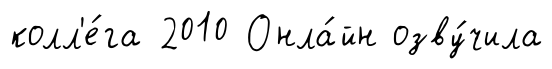
колл'е́га 2010 Онла́йн озву́чила